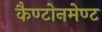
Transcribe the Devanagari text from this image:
कैण्टोनमेण्ट